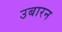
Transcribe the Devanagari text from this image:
उबारन